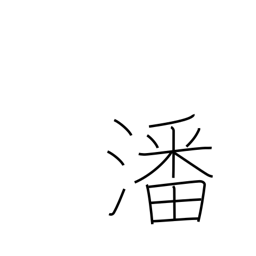
Meaning: water in which rice has been washed